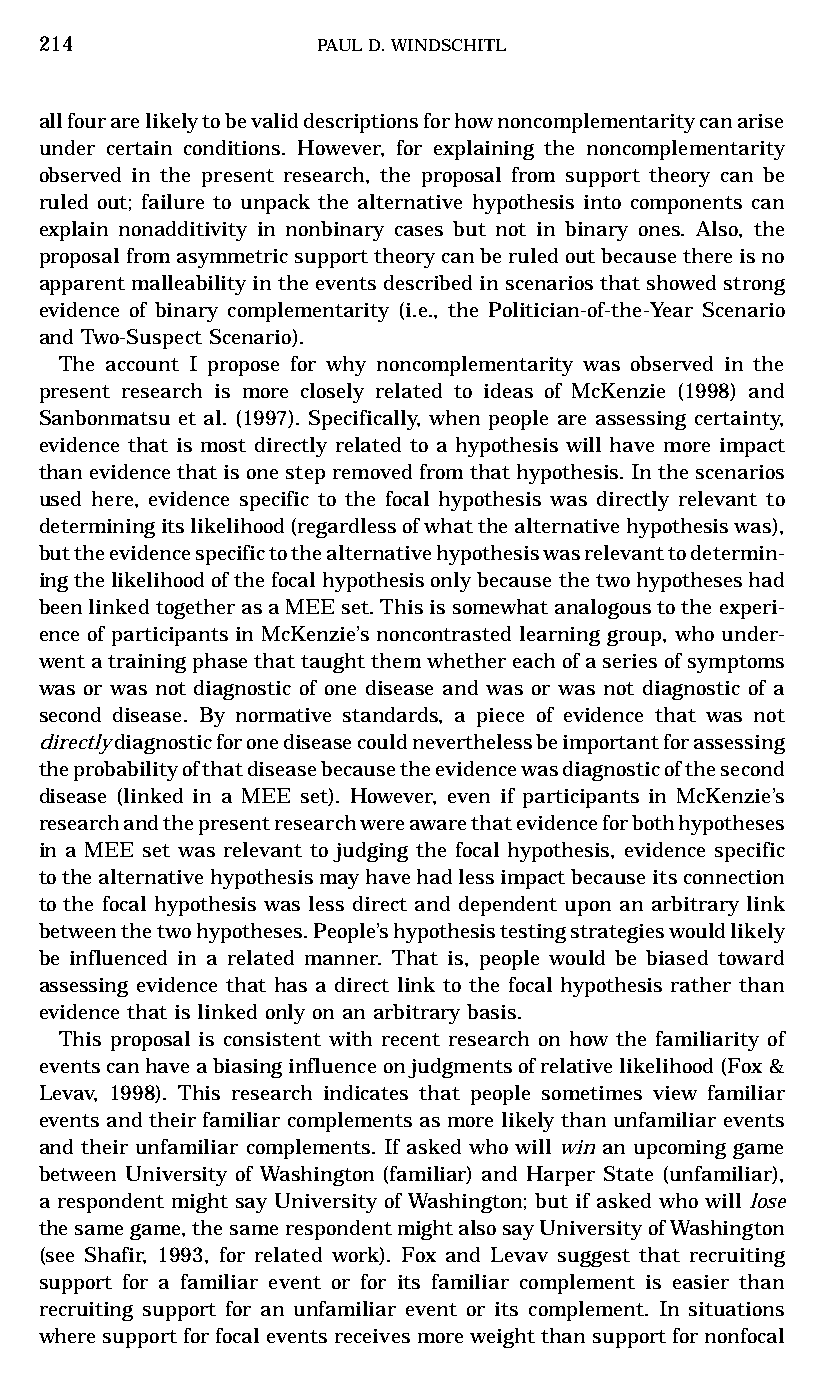
214                PAULD.WINDSCHITL
 allfourarelikelytobevaliddescriptionsforhownoncomplementaritycanarise
 under certain conditions. However, for explaining the noncomplementarity
 observed in the present research, the proposal from support theory can be
 ruled out; failure to unpack the alternative hypothesis into components can
 explain nonadditivity in nonbinary cases but not in binary ones. Also, the
 proposalfromasymmetricsupporttheorycanberuledoutbecausethereisno
 apparentmalleabilityintheeventsdescribedinscenariosthatshowedstrong
 evidence of binary complementarity (i.e., the Politician-of-the-Year Scenario
 and Two-Suspect Scenario).
 The account I propose for why noncomplementarity was observed in the
 present research is more closely related to ideas of McKenzie (1998) and
 Sanbonmatsu et al. (1997). Specifically, when people are assessing certainty,
 evidence that is most directly related to a hypothesis will have more impact
 thanevidencethatisonestepremovedfromthathypothesis.Inthescenarios
 used here, evidence specific to the focal hypothesis was directly relevant to
 determiningitslikelihood(regardlessofwhatthealternativehypothesiswas),
 buttheevidencespecifictothealternativehypothesiswasrelevanttodetermin-
 ingthelikelihoodofthefocalhypothesisonlybecausethetwohypotheseshad
 beenlinkedtogetherasaMEEset.Thisissomewhatanalogoustotheexperi-
 ence of participants in McKenzie’s noncontrasted learning group, who under-
 wentatrainingphasethattaughtthemwhethereachofaseriesofsymptoms
 was or was not diagnostic of one disease and was or was not diagnostic of a
 second disease. By normative standards, a piece of evidence that was not
 directlydiagnosticforonediseasecouldneverthelessbeimportantforassessing
 theprobabilityofthatdiseasebecausetheevidencewasdiagnosticofthesecond
 disease (linked in a MEE set). However, even if participants in McKenzie’s
 researchandthepresentresearchwereawarethatevidenceforbothhypotheses
 in a MEE set was relevant to judging the focal hypothesis, evidence specific
 tothealternativehypothesismayhavehadlessimpactbecauseitsconnection
 to the focal hypothesis was less direct and dependent upon an arbitrary link
 betweenthetwohypotheses.People’shypothesistestingstrategieswouldlikely
 be influenced in a related manner. That is, people would be biased toward
 assessing evidence that has a direct link to the focal hypothesis rather than
 evidence that is linked only on an arbitrary basis.
 This proposal is consistent with recent research on how the familiarity of
 eventscanhaveabiasinginfluenceonjudgmentsofrelativelikelihood(Fox&
 Levav, 1998). This research indicates that people sometimes view familiar
 events and their familiar complements as more likely than unfamiliar events
 and their unfamiliar complements. If asked who will win an upcoming game
 between University of Washington (familiar) and Harper State (unfamiliar),
 a respondent might say University of Washington; but if asked who will lose
 thesamegame,thesamerespondentmightalsosayUniversityofWashington
 (see Shafir, 1993, for related work). Fox and Levav suggest that recruiting
 support for a familiar event or for its familiar complement is easier than
 recruiting support for an unfamiliar event or its complement. In situations
 wheresupportforfocaleventsreceivesmoreweightthansupportfornonfocal